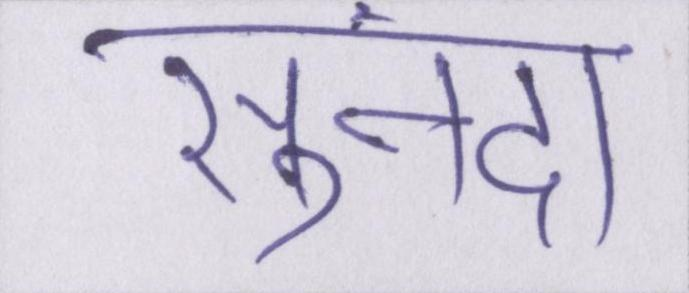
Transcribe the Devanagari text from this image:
सुनंदा